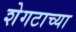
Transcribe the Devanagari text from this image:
शेगटाच्या